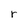
Character: r